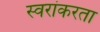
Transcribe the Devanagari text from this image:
स्वरांकरता